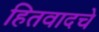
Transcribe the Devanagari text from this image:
हितवादचे